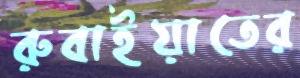
রুবাইয়াতের